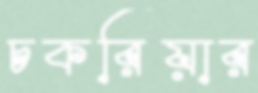
চকরিয়ার